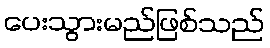
ပေးသွားမည်ဖြစ်သည်